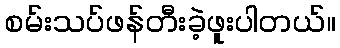
စမ်းသပ်ဖန်တီးခဲ့ဖူးပါတယ်။